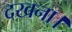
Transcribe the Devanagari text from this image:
दखना।